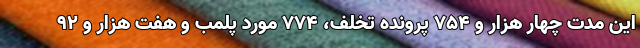
این مدت چهار هزار و ۷۵۴ پرونده تخلف، ۷۷۴ مورد پلمب و هفت هزار و ۹۲